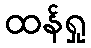
ထန်ရှု